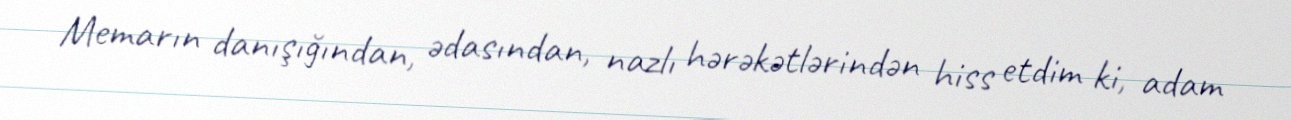
Memarın danışığından, ədasından, nazlı hərəkətlərindən hiss etdim ki, adam